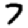
Digit: 7